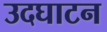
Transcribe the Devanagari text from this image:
उदघाटन